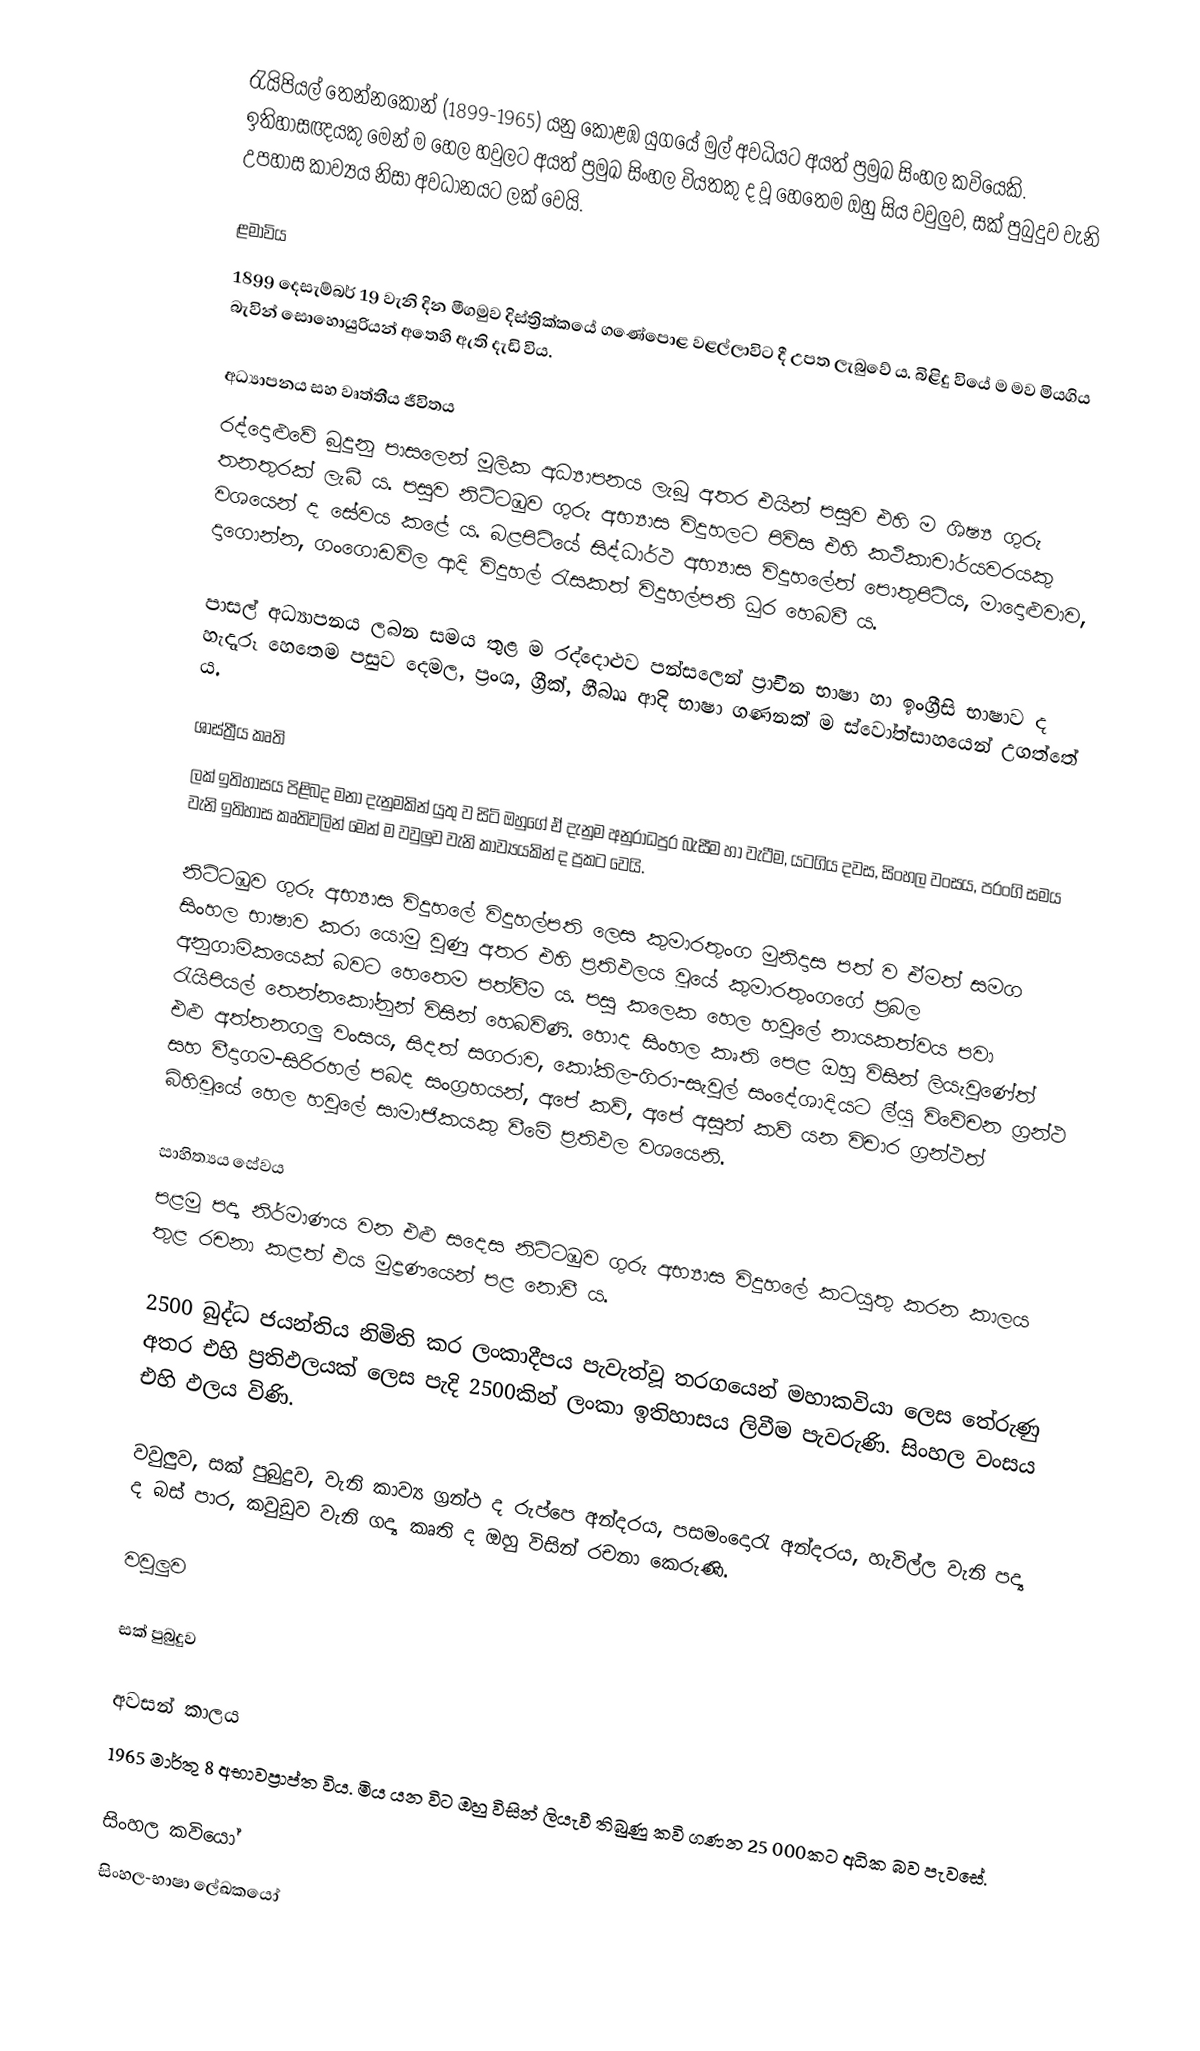
රැයිපියල් තෙන්නකෝන් (1899-1965) යනු කොළඹ යුගයේ මුල් අවධියට අයත් ප්‍රමුඛ සිංහල කවියෙකි. ඉතිහාසඥයකු මෙන් ම හෙල හවුලට අයත් ප්‍රමුඛ සිංහල වියතකු ද වූ හෙතෙම ඔහු සිය වවුලුව, සක් පුබුදුව වැනි උපහාස කාව්‍යය නිසා අවධානයට ලක් වෙයි.

ළමාවිය
1899 දෙසැම්බර් 19 වැනි දින මීගමුව දිස්ත්‍රික්කයේ ගණේපොළ වළල්ලාවිට දී උපත ලැබුවේ ය. බිළිදු වියේ ම මව මියගිය බැවින් සොහොයුරියන් අතෙහි ඇති දැඩි විය.

අධ්‍යාපනය සහ වෘත්තීය ජීවිතය
රද්දොළුවේ බුදුනු පාසලෙන් මූලික අධ්‍යාපනය ලැබූ අතර එයින් පසුව එහි ම ශිෂ්‍ය ගුරු තනතුරක් ලැබී ය. පසුව නිට්ටඹුව ගුරු අභ්‍යාස විදුහලට පිවිස එහි කථිකාචාර්යවරයකු වශයෙන් ද සේවය කළේ ය. බළපිටියේ සිද්ධාර්ථ අභ්‍යාස විදුහලේත් පොතුපිටිය, මාදොළුවාව, දාගොන්න, ගංගොඩවිල ආදි විදුහල් රැසකත් විදුහල්පති ධුර හෙබවී ය.

පාසල් අධ්‍යාපනය ලබන සමය තුළ ම රද්දොළුව පන්සලෙන් ප්‍රාචීන භාෂා හා ඉංග්‍රීසි භාෂාව ද හැදෑරූ හෙතෙම පසුව දෙමල, ප්‍රංශ, ග්‍රීක්, හීබෲ ආදි භාෂා ගණනක් ම ස්වෝත්සාහයෙන් උගත්තේ ය.

ශාස්ත්‍රීය කෘති
ලක් ඉතිහාසය පිළිබද මනා දැනුමකින් යුතු ව සිටි ඔහුගේ ඒ දැනුම අනුරාධපුර බැසීම හා වැටීම, යටගිය දවස, සිංහල වංසය, පරංගි සමය වැනි ඉතිහාස කෘතිවලින් මෙන් ම වවුලුව වැනි කාව්‍යයකින් ද ප්‍රකට වෙයි.

නිට්ටඹුව ගුරු අභ්‍යාස විදුහලේ විදුහල්පති ලෙස කුමාරතුංග මුනිදාස පත් ව ඒමත් සමග සිංහල භාෂාව කරා යොමු වුණු අතර එහි ප්‍රතිඵලය වූයේ කුමාරතුංගගේ ප්‍රබල අනුගාමිකයෙක් බවට හෙතෙම පත්වීම ය. පසු කලෙක හෙල හවුලේ නායකත්වය පවා රැයිපියල් තෙන්නකෝනුන් විසින් හෙබවිණි. හොද සිංහල කෘති පෙළ ඔහු විසින් ලියැවුණේත් එළු අත්තනගලු වංසය, සිදත් සගරාව, කෝකිල-ගිරා-සැවුල් සංදේශාදියට ලි්‍යූ විවේචන ග්‍රන්ථ සහ වීදාගම-සිරිරහල් පබද සංග්‍රහයන්, අපේ කව්, අපේ අසුන් කව් යන විචාර ග්‍රන්ථත් බිහිවූයේ හෙල හවුලේ සාමාජිකයකු වීමේ ප්‍රතිඵල වශයෙනි.

සාහිත්‍යය සේවය
පළමු පද්‍ය නිර්මාණය වන එළු සදෙස නිට්ටඹුව ගුරු අභ්‍යාස විදුහලේ කටයුතු කරන කාලය තුළ රචනා කළත් එය මුද්‍රණයෙන් පළ නොවී ය.

2500 බුද්ධ ජයන්තිය නිමිති කර ලංකාදීපය පැවැත්වූ තරගයෙන් මහාකවියා ලෙස  තේරුණු අතර එහි ප්‍රතිඵලයක් ලෙස පැදි 2500කින් ලංකා ඉතිහාසය ලිවීම පැවරුණි. සිංහල වංසය එහි ඵලය විණි.

වවුලුව, සක් පුබුදුව, වැනි කාව්‍ය ග්‍රන්ථ ද රුප්පෙ අන්දරය, පසමංදොරැ අන්දරය, හැවිල්ල වැනි පද්‍ය ද බස් පාර, කවුඩුව වැනි ගද්‍ය කෘති ද ඔහු විසින් රචනා කෙරුණි.

වවුලුව

සක් පුබුදුව

අවසන් කාලය
1965 මාර්තු 8 අභාවප්‍රාප්ත විය. මිය යන විට ඔහු විසින් ලියැවී තිබුණු කවි ගණන 25 000කට අධික බව පැවසේ.

සිංහල කවියෝ
සිංහල-භාෂා ලේඛකයෝ